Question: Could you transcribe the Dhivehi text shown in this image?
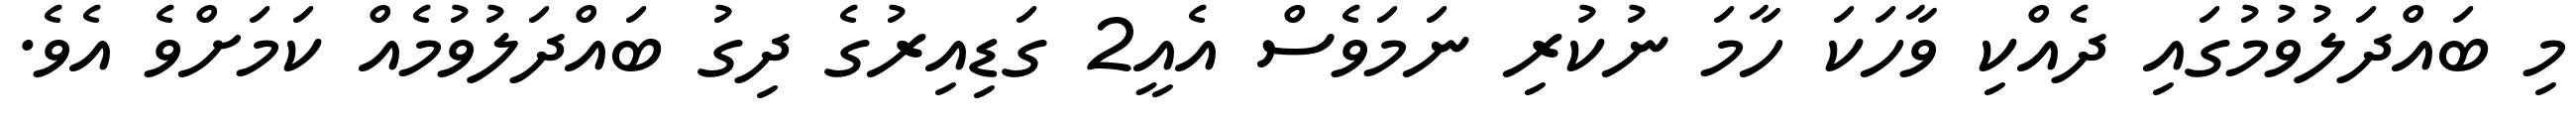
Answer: މި ބައްދަލުވުމުގައި ދެއްކި ވާހަކަ ހާމަ ނުކުރި ނަމަވެސް އެއީ2 ގަޑިއިރުގެ ދިގު ބައްދަލުވުމެއް ކަމަށްވެ އެވެ.